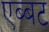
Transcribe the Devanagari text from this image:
एब्बट